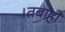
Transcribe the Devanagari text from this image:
।तबाही